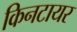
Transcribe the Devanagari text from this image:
किनटायर